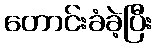
တောင်းခံခဲ့ပြီး